Vital statistics of India. Vol. IV, Annual returns from 1871 to 1876. British Army of India, Native Army and jails of Bengal
Year: 1871
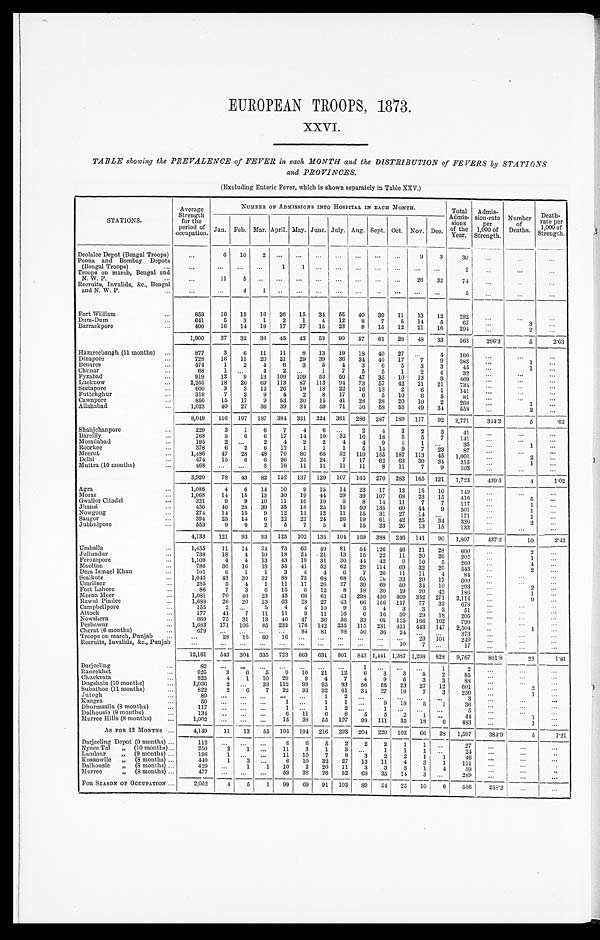
EUROPEAN TROOPS, 1873.
XXVI.
TABLE showing the PREVALENCE of FEVER in each MONTH and the DISTRIBUTION of FEVERS by STATIONS
and PROVINCES.
(Excluding Enteric Fever, which is shown separately in Table XXV.)
STATIONS.
Average
Strength
for the
period of
occupation.
NUMBER OF ADMISSIONS INTO HOSPITAL IN EACH MONTH.
Total
Admis-
sions
of the
Year.
Admis-
sion-rate
per
1,000 of
Strength.
Number
of
Deaths.
Death-
rate per
1 , 0 0 0 o f S t r e n g t h .
Jan. Feb. Mar. April. May. June. July. Aug Sept. Oct. Nov. Dec.
Deolalee Depot (Bengal Troops)
. . .
6
10
2
. . .
. . .
. . .
. . .
. . .
. . .
. . .
9
3
30
. . .
. . . . . .
Poona and Bombay Depots
(Bengal Troops) . . .
. . .
. . .
. . .
. . .
1
1
. . .
. . . . . .
. . .
. . .
. . .
. . .
2
. . .
. . .
. . .
Troops on march, Bengal and
N. W. P. . . .
. . .
11
5
. . .
. . .
. . .
. . .
. . .
. . .
. . .
. . .
26
32
74
. . .
. . .. . .
Recruits, Invalids, &c., Bengal
and N. W. P. . . .
. . .
. . .
4
1
. . .
. . .
. . .
. . . . . .
. . .
. . .
. . .
. . .
5
. . .
. . .
. . .
Fort William . . .
859
16
15
16
26
15
34
55
40
39
11
13
12
292
. . .
. . .
. . .
Dum-Dum . . .
641
5
3
1
2
1
4
12
8
7
5
14
5
67
. . .
3
. . .
Barrackpore . . .
400
16
14
19
17
27
15
23
9
15
12
21
16
204
. . .
2
. . .
1,900
37
32
36
45
43
53
90
57
61
28
48
33
563
296.3
5
2.63
Hazareebaugh (11 months) . . .
877
3
6
11
11
8
13
19
18
40
27
. . .
4
160
. . .
. . .
. . .
Dinapore . . .
728
16
15
20
21
29
39
36
34
40
17
7
9
283
. . .
1
. . .
Benares . . .
474
1
2
4
6
3
5
4
3
6
5
3
3
45
. . .
1
. . .
Chunar . . .
68
1
. . .
4
2
. . .
1
7
5
5
1
2
4
32
. . .
. . .
. . .
Fyzabad . . .
919
12
9
13
109
109
53
50
47
35
10
13
9
469
. . .
. . .
. . .
Lucknow . . .
2,255
18
26
69
113
87
113
9 4
73
57
42
21
21
734
. . .
. . .
. . .
Seetapore . . .
600
3
3
12
26
19
18
22
16
13
2
6
1
141
. . .
. . .
. . .
Futtehghur . . .
319
7
2
9
4
2
8
17
6
5
10
6
5
81
. . .
. . .
. . .
Cawnpore . . .
856
15
17
9
53
30
15
41
28
28
20
10
2
268
. . .
1
. . .
Allahabad . . .
1,023
40
27
36
39
34
59
71
56
58
55
49
34
558
. . .
2
. . .
8,049
116
107
187
384
321
324
361
286
287
189
117
92
2,771
344.3
5
.62
Shahjehanpore . . .
229
3
1
6
7
4
6
. . .
2
4
3
2
3
41
. . .
. . .
. . .
Bareilly . . .
768
5
6
6
17
14
10
32
16
18
5
5
7
141
. . .
. . .
. . .
Moradabad . . .
195
2
. . .
2
4
2
2
4
4
9
5
1
. . .
35
. . .
1
. . .
Roorkee . . .
378
6
2
6
12
1
1
1
5
14
9
7
23
87
. . .
. . .
. . .
Meerut . . .
1,486
47
28
48
70
80
66
52
110
155
187
113
45
1,001
. . .
2
. . .
Delhi . . .
474
15
6
6
26
25
24
7
17
62
63
30
34
315
. . .
1
. . .
Muttra (10 months) . . .
468
. . .
. . .
8
16
11
11
11
11
8
11
7
9
103
. . .
. . .
. . .
3,920
78
43
82
152
137
120
107
165
270
283
165
121
1,723
439.5
4
1.02
Agra . . .
1,088
4
6
14
10
9
15
14
23
17
12
15
10
149
. . .
. . .
. . .
Morar . . .
1,068
14
15
13
30
19
4 4
29
39
107
68
23
15
416
. . .
5
. . .
Gwalior Citadel . . .
321
9
9
10
11
16
10
5
8
14
11
7
7
117
. . .
1
. . .
J h a n s i . . .
436
46
25
39
35
18
25
15
50
135
60
44
9
501
. . .
1
. . .
Nowgong . . .
274
14
15
9
12
11
19
11
15
31
27
14
. . .
171
. . .
1
. . .
Saugor . . .
394
25
14
6
22
22
2 4
26
19
61
42
25
34
320
. . .
2
. . .
Jubbulpore . . .
553
9
9
2
5
7
5
4
15
23
26
13
15
133
. . .
. . .
. . .
4,133
121
93
93
125
102
135
104
169
388
246
141
90
1,807
437.2
10
2.42
Umballa . . .
1,435
11
14
34
73
63
49
81
54
126
46
21
28
600
. . .
2
. . .
Jullundur . . .
738
18
4
10
18
24 21
13
15
22
11
20
26
202
. . .
1 . . .
Ferozepore . . .
1,109
4
4
13
43
19
31
36
44
42
9
10
5
260
. . .
4
. . .
Mooltan . . .
786
36
16
18
55
41
52
62
28
114
69
32
20
. . .
2
. . .
543
Dera Ismael Khan . . .
101
6
1
1
3
4
4
6
7
26
11
11
4
. . .
. . .
. . .
8 4
Sealkote . . .
1,045
43
30
32
88
75
68
68
65
70
33
20
17
609
. . .
. . .
. . .
Umritsur . . .
285
5
4
1
11
17
26
27
39
69
50
34
10
293
. . .
2
. . .
Fort Lahore . . .
86
7
3
6
15
6
12
8
18
30
19
20
42
186
. . .
1
. . .
Meean Meer . . .
1,081
70
4 6
23
45
66
61
43
298
430
409
352
271
2,114
. . .
9
. . .
Rawul Piudee . . .
1,688
26
20
23
63
28
27
43
66
156
117
77
32
678
. . .
. . .
. . .
Campbellpore . . .
155
2
. . .
5
4
4
10
9
5
4
3
3
2
51
. . .
. . .
. . .
Attock . . .
177
41
7
11
11
9
11
16
6
16
30
29
18
205
. . .
. . .
. . .
Nowshera . . .
669
75
31
13
46
47
36
56
33
69
125
166
102
799
. . .
. . .
. . .
Peshawur . . .
1,683
171
106
85
232
176
142
235
115
231
421
443
147
2,504
. . .
1
. . .
Cherat (6 months) . . .
679
. . .
. . .
. . .
. . .
84
81
9 8
50
36
24
. . .
. . .
373
. . .
. . .
. . .
Troops on march, Punjab . . .
. . .
28
18
60
16
. . .
. . .
. . .
. . .
. . .
. . .
23
104
249
. . .
. . .
. . .
Recruits, Invalids, &c., Punjab . . .
. . .
. . .
. . .
. . .
. . .
. . .
. . .
. . .
. . .
. . .
10
7
. . .
17
. . .
. . .
. . .
12,181
543
304
335
723
663
631
801
843 1,441 1,387 1,268
828
9,767
801.8
22 1.81
Darjeeling . . .
8 2
. . .
. . .
. . .
. . .
. . .
. . .
. . .
1
. . .
. . .
. . .
1
2
. . .
. . .
. . .
Raneekhet . . .
625
3
6
5
9
..10
21
12
6
3
3
5
2
85
. . .
. . .
. . .
Chuckrata . . .
823
4
1
10
29
9
4
7
4
9
5
3
3
88
. . .
. . .
. . .
Dugshaie (10 months) . . .
1,036
2
. . .
33
112
93
95
93
56
55
23
27
12
601
. . .
2
. . .
Subathoo (11 months) . . .
822
2
6
7
22
33
32
61
34
27
16
7
3
250
. . .
1
. . .
Jutogh . . .
8 9
. . .
. . .
. . .
. . .
. . .
1
2
. . .
. . .
. . .
. . .
. . .
3
. . .
. . .
. . .
Kangra . . .
5 0
. . .
. . .
. . .
1
. . .
1
1
. . .
9
18
5
1
36
. . .
. . .
. . .
Dhurmsalla (8 months) . . .
117
. . .
. . .
. . .
1
. . .
1
2
. . .
1
. . .
. . .
. . .
5
. . .
. . .
. . .
Dalhousie (8 months) . . .
134
. . .
. . .
. . .
6
11
6
8
5
5
2
1
. . .
44
. . .
1
. . .
Murree Hills (8 months) . . .
1,002
. . .
. . .
. . .
15
38
55
107
98
111
35
18
6
483
. . .
1
. . .
AS FOR 12 MONTHS . . .
4,149
11
1 3
55
195
194
216
293
204
220
102 66
28
1,59
384.9
5
1.21
Darjeeling Depot (9 months) . . .
112
. . .
. . .
. . .
8
6
5
2
2
2
1
1
. . .
2 7
. . .
. . .
. . .
Nynee Tal " (10 months) . . .
250
2
1
. . .
11
3
1
3
. . .
1
1
1
. . .
24
. . .
. . .
. . .
Landour " (9 months) . . .
196
1
. . .
. . .
11
10
7
8
3
2
2
1
1
46
. . .
. . .
. . .
Kussowlie " (8 months) . . .
449
1
3
. . .
6
10
32
27
13
11
4
3
1
111
. . .
. . .
. . .
Dalhousie " (8 mouths) . . .
429
. . .
1
1
10
2
20
11
3
3
3
1
4
59
. . .
. . .
. . .
Murree " (8 months) . . .
4 7 7
. . .
. . .
. . .
53
38
26
52
68
35
14
3
. . .
289
. . .
. . .
. . .
FOR SEASON OF OCCUPATION . . .
2,052
4
5
1
99
69
91
103
89
54
25
10
6
556 258.2
. . .. . .